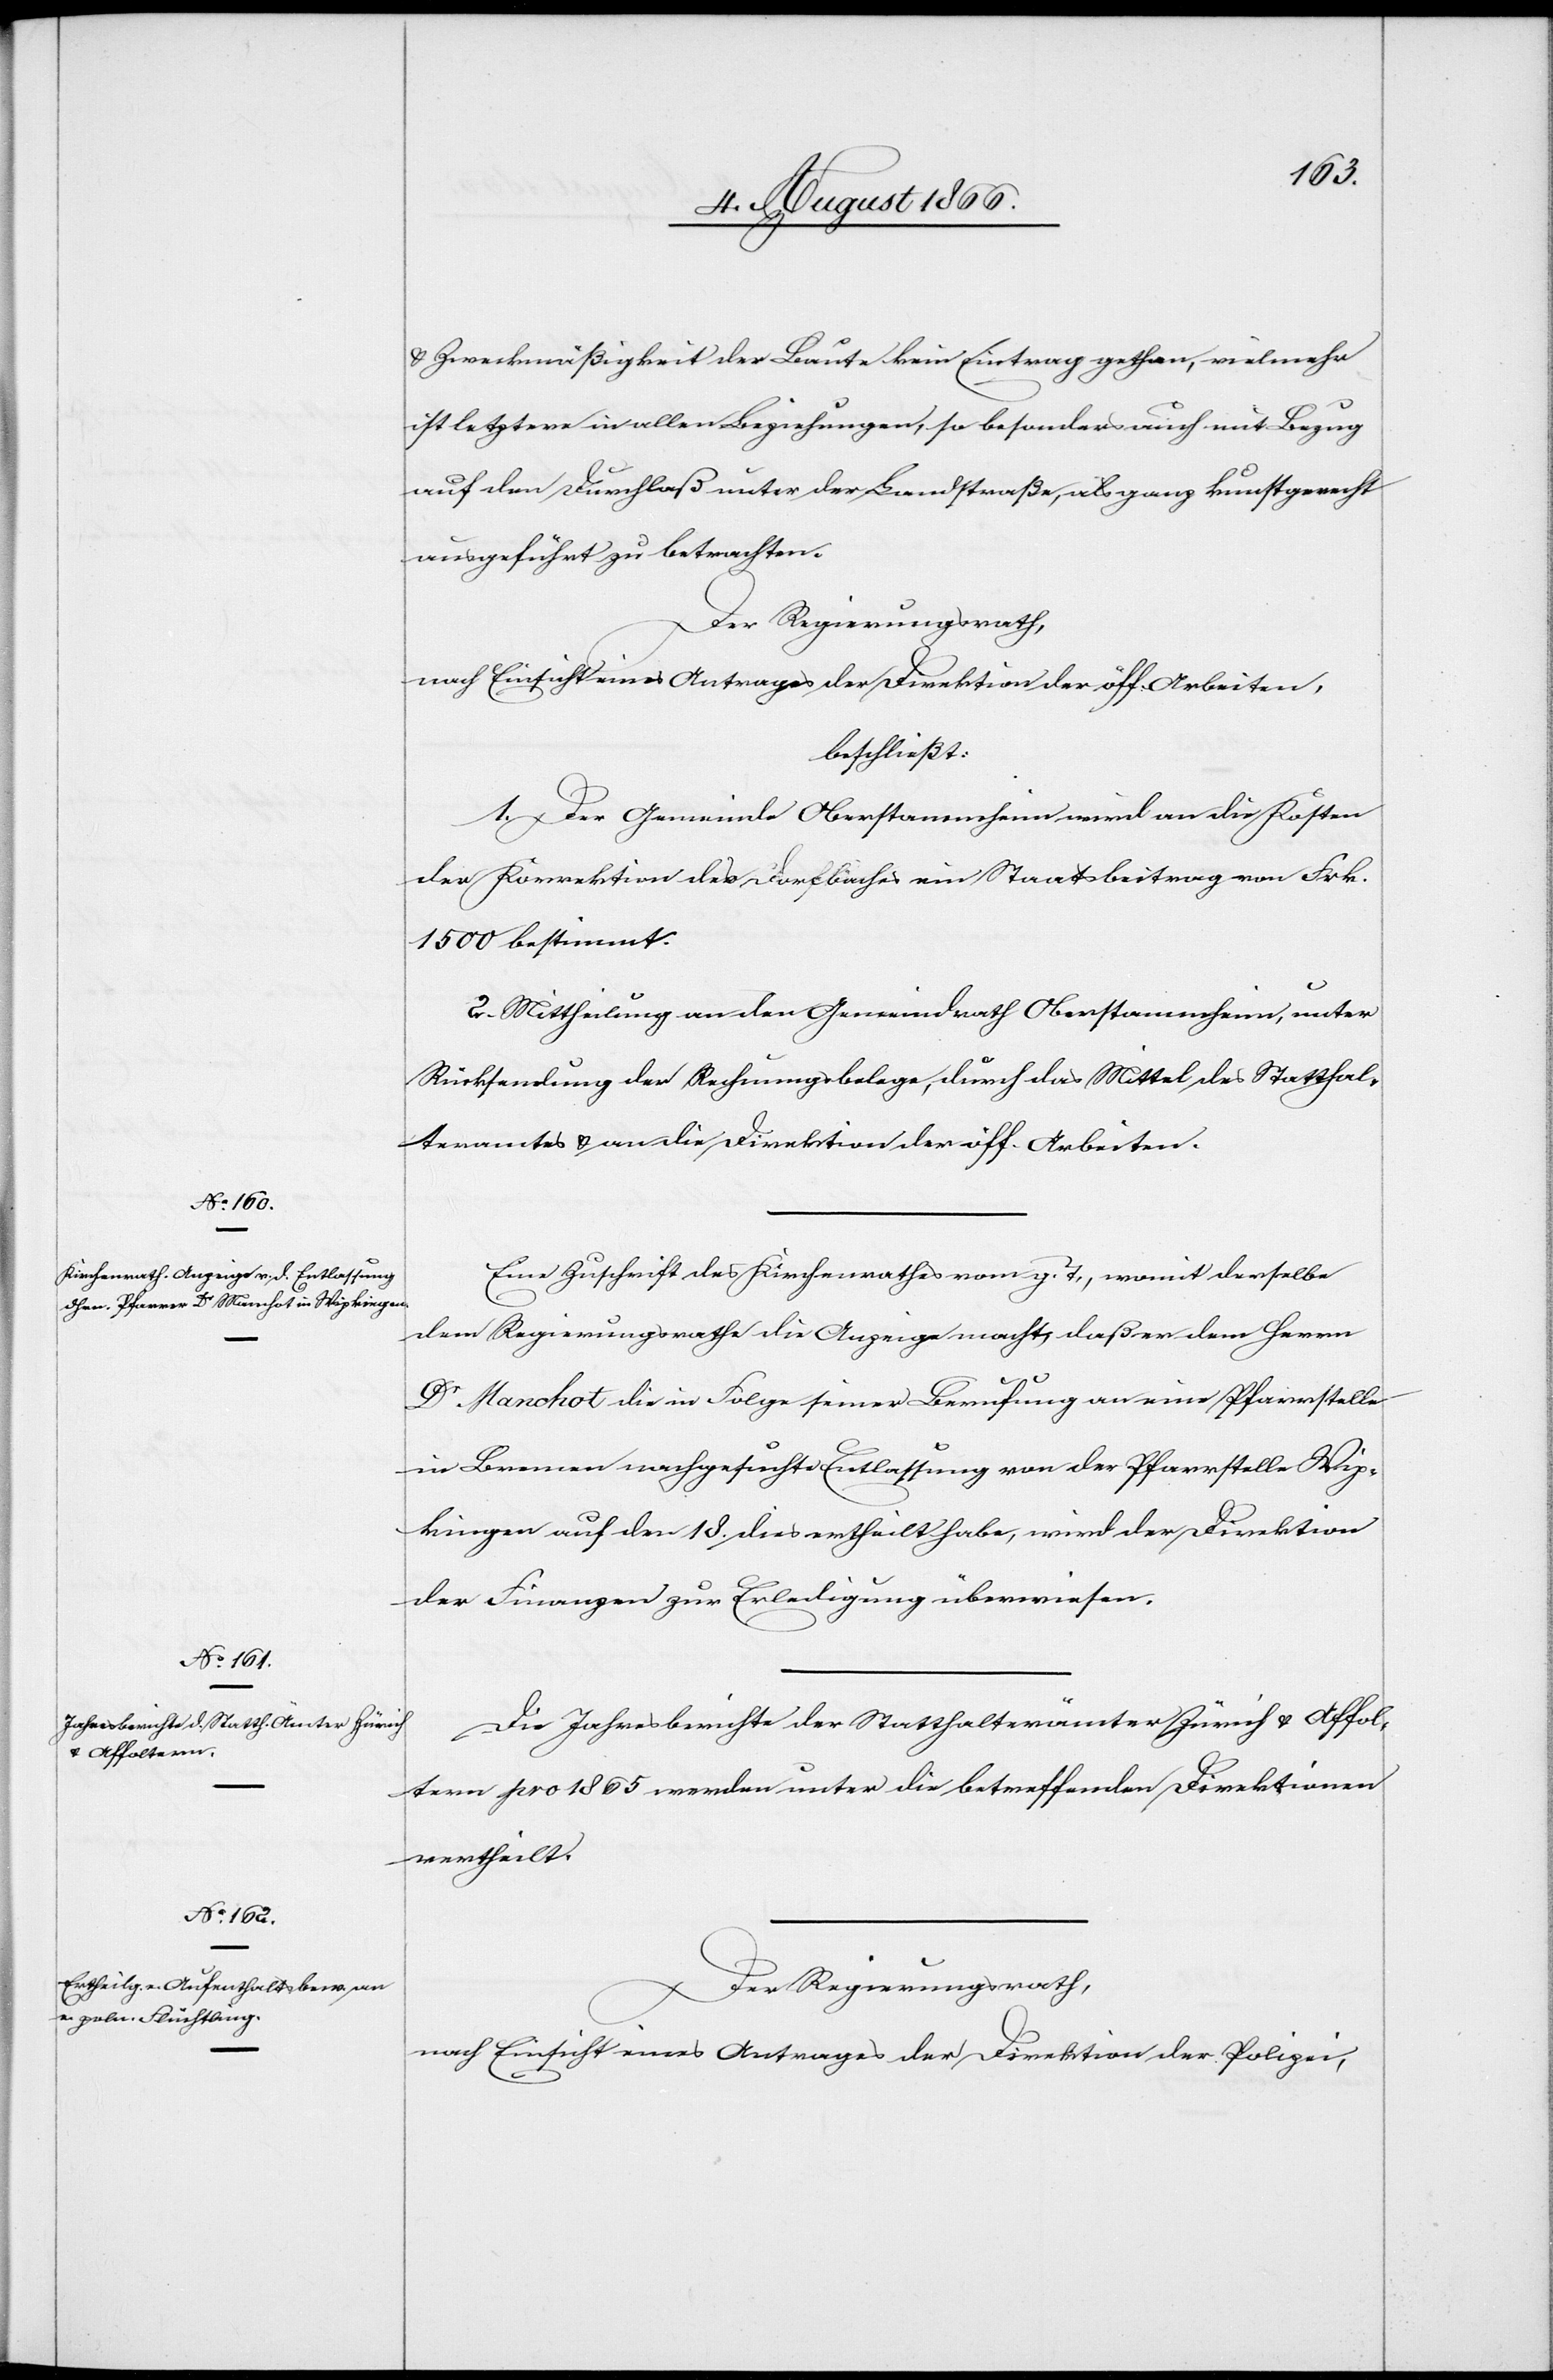
u. Zweckmäßigkeit der Baute kein Eintrag gethan, vielmehr
ist letztere in allen Beziehungen, so besonders auch mit Bezug
auf den Durchlaß unter der Landstraße, als ganz kunstgerecht
ausgeführt zu betrachten.
Der Regierungsrath,
nach Einsicht eines Antrages der Direktion der öff. Arbeiten,
beschließt:
1. Der Gemeinde Oberstammheim wird an die Kosten
der Korrektion des Dorfbaches ein Staatsbeitrag von Frk.
1500 bestimmt.
2. Mittheilung an den Gemeindrath Oberstammheim, unter
Rücksendung der Rechnungsbelege, durch das Mittel des Statthal¬
teramtes u. an die Direktion der öff. Arbeiten.
Eine Zuschrift des Kirchenrathes vom g. T., womit derselbe
dem Regierungsrathe die Anzeige macht, daß er dem Herrn
Dr. Manchot die in Folge seiner Berufung an eine Pfarrstelle
in Bremen nachgesuchte Entlassung von der Pfarrstelle Wip¬
kingen auf den 18. dies ertheilt habe, wird der Direktion
der Finanzen zur Erledigung überwiesen.
Die Jahresberichte der Statthalterämter Zürich u. Affol¬
tern pro 1865 werden unter die betreffenden Direktionen
vertheilt.
Der Regierungsrath,
nach Einsicht eines Antrages der Direktion der Polizei,